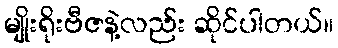
မျိုးရိုးဗီဇနဲ့လည်း ဆိုင်ပါတယ်။